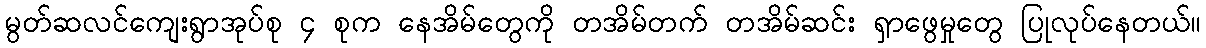
မွတ်ဆလင်ကျေးရွာအုပ်စု ၄ စုက နေအိမ်တွေကို တအိမ်တက် တအိမ်ဆင်း ရှာဖွေမှုတွေ ပြုလုပ်နေတယ်။